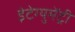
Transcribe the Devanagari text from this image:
इंटेग्युमेंट्री